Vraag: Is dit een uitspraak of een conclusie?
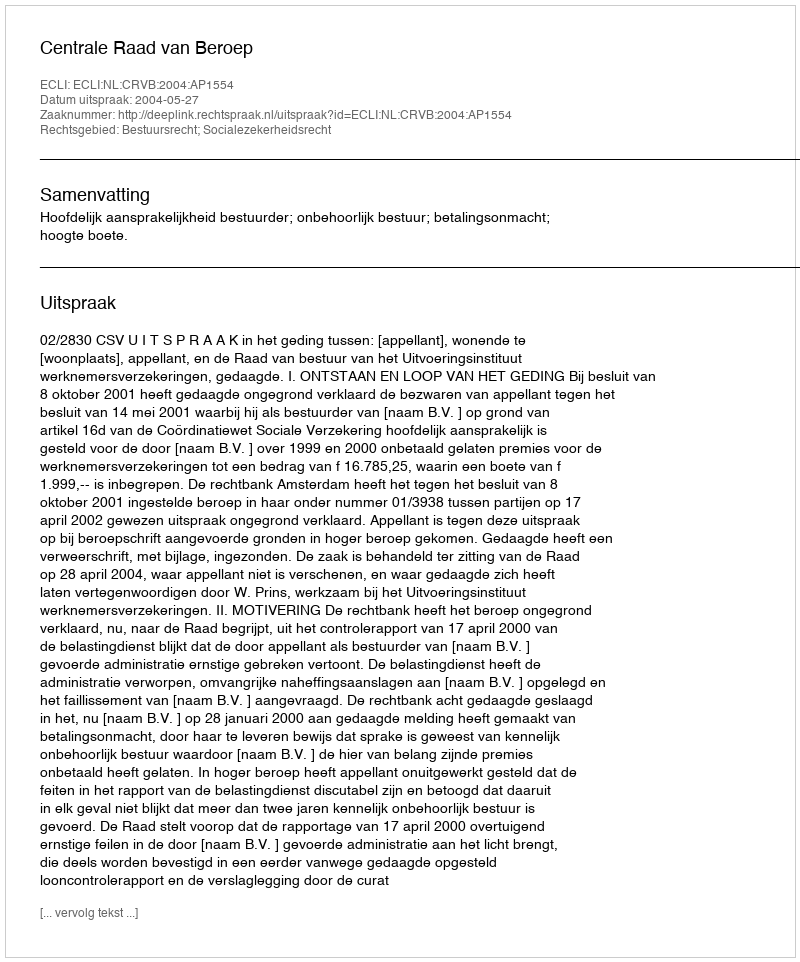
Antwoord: Uitspraak